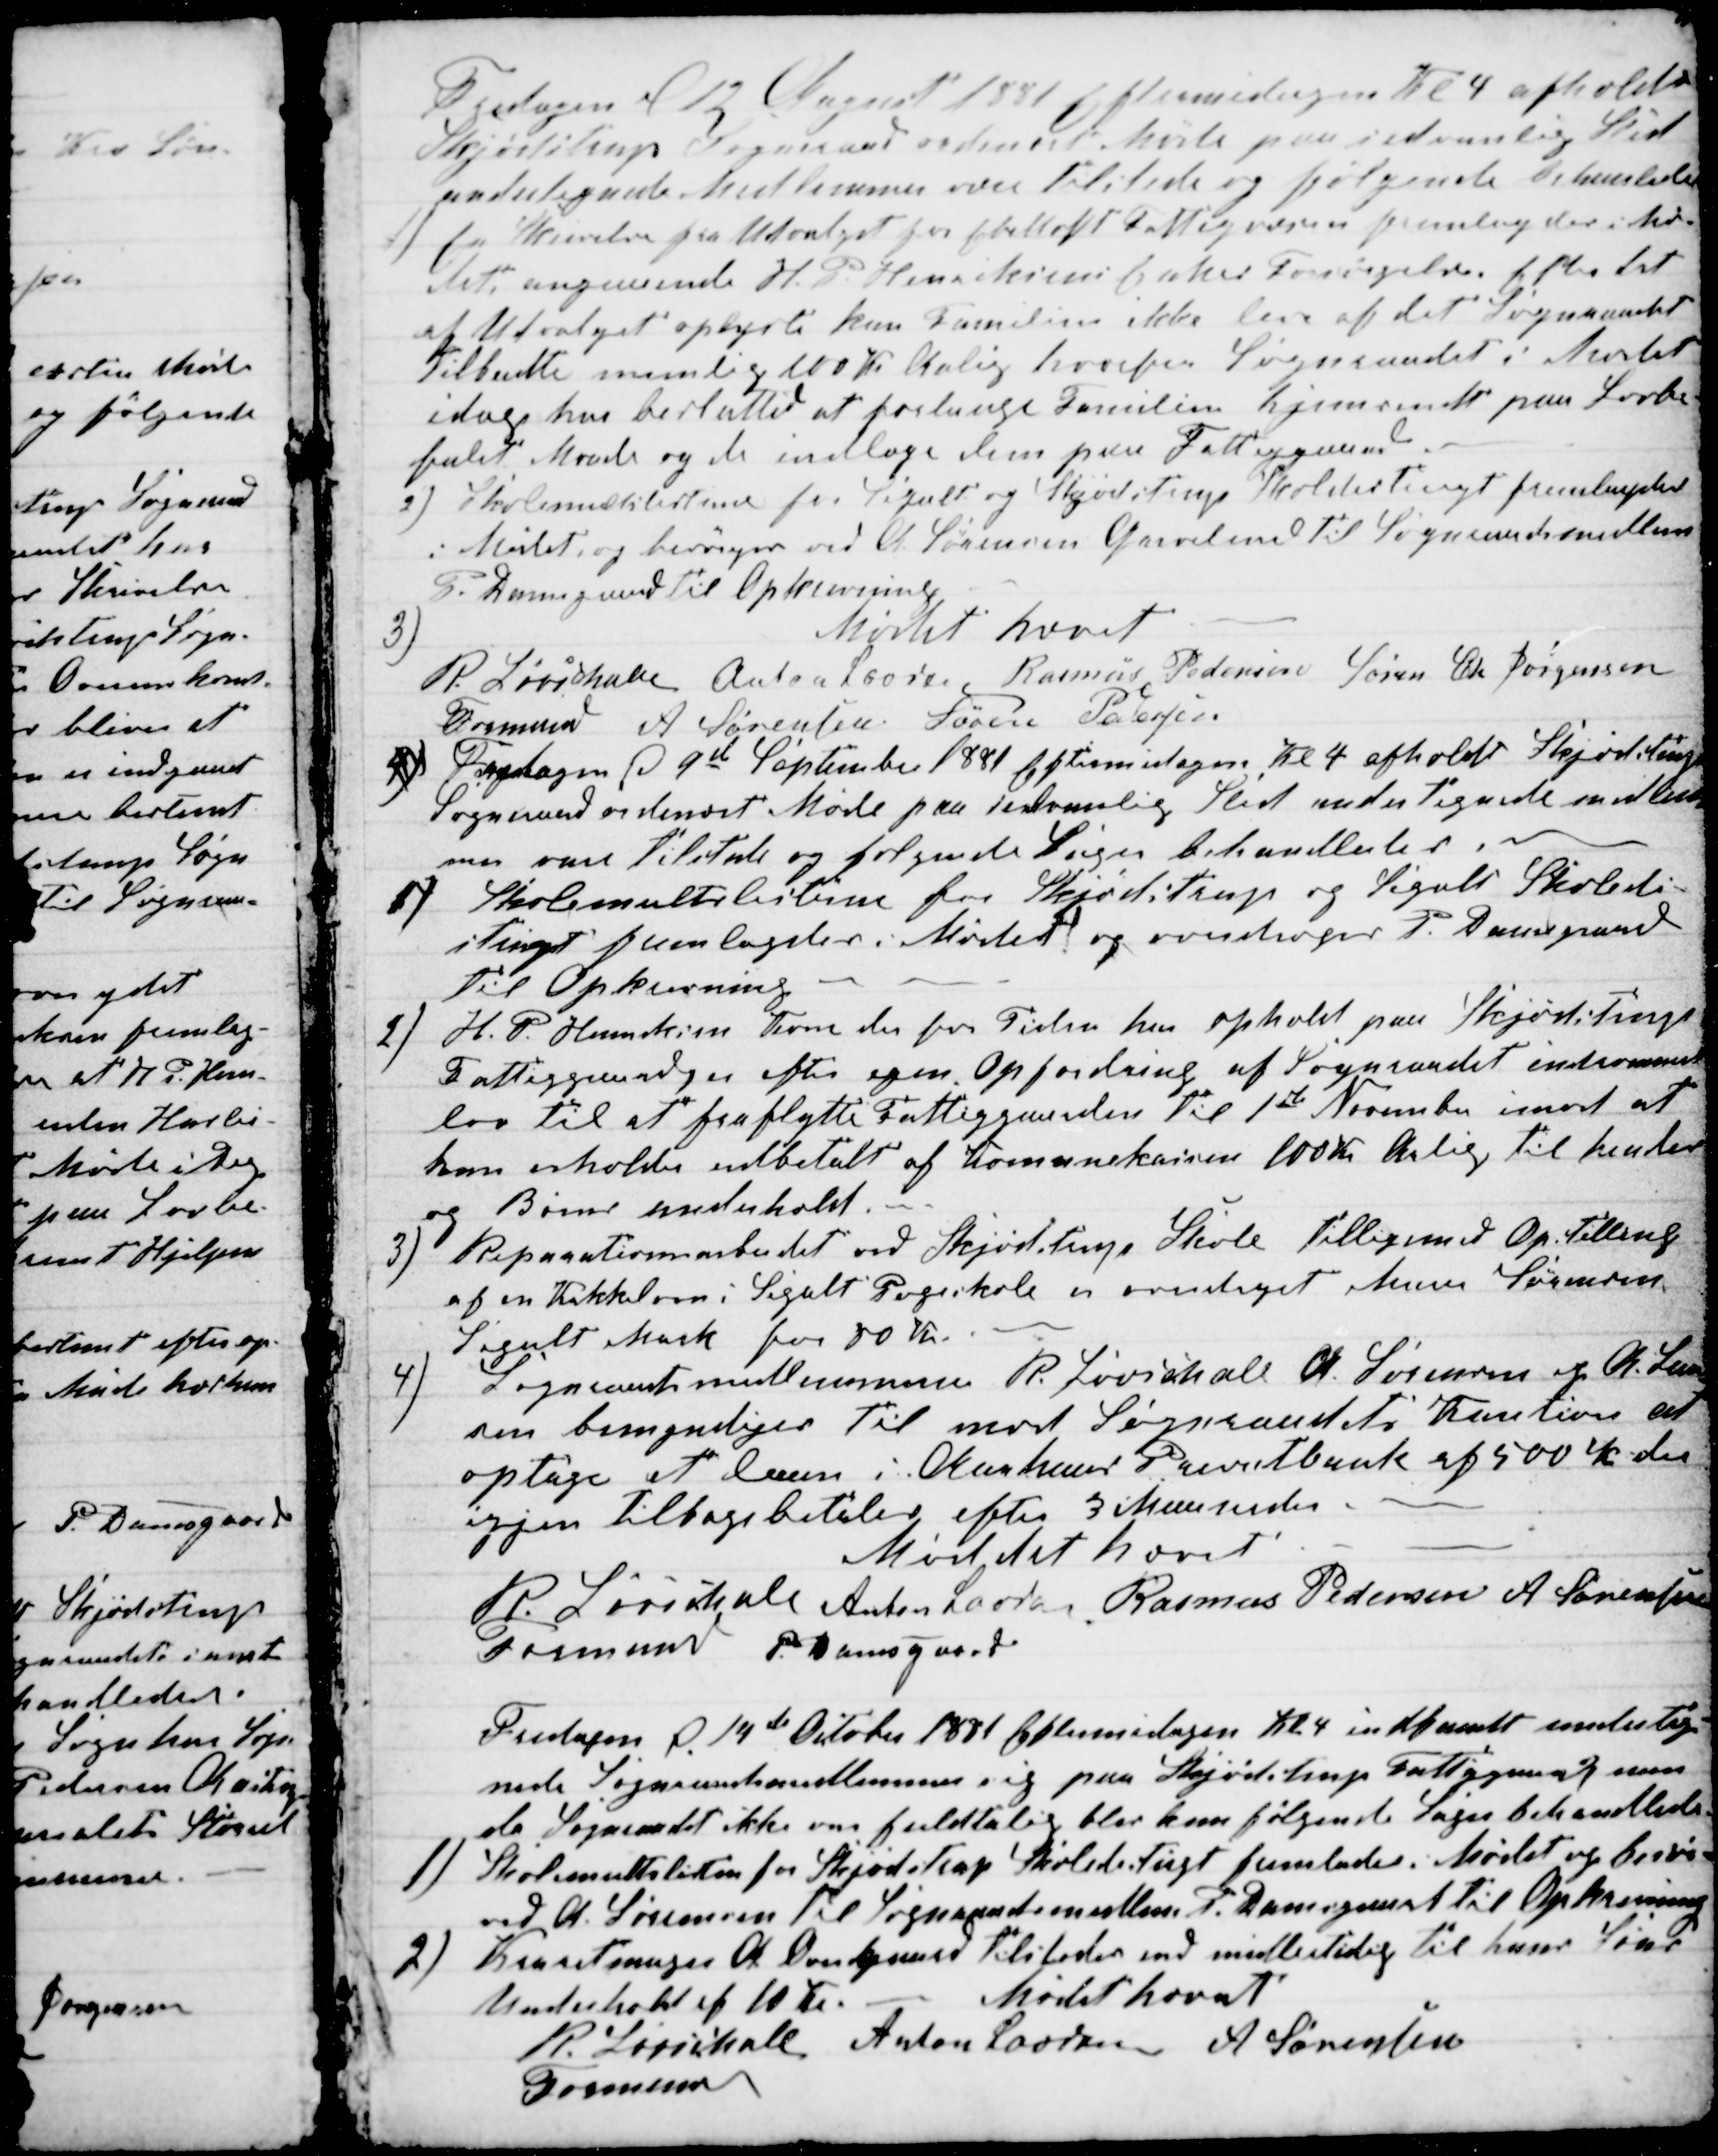
Transskription:
Fredagen af 12 August 1881 Eftermidagen Kl 4 afholdt
Skjødstrup Sogneraad ordinært Møde paa sedvanlig Sted
undertegnede Medlemmer vare tilstede og følgende behandledes
1)
En Skrivelse fra Udvalget for Ebeltoft Fattigvæsen fremlagdes i Mø-
det angaaende H. P. Henriksens Enkes Forsørgelse efter det
af Udvalget oplyste kan Familien ikke leve af det Sogneraadet
Tilbudte nemlig 100 Kr Aarlig hvorfor Sogneraadet i Mødet
idag har beslutted at forlange Familien hjemsendt paa Lovbe
falet Maade og da indlæge dem paa Fattiggaard.
2) Skolemultslisterne for Segalt og Skjødstrup Skoledistrigt fremlagdes
i Mødet, og besørges ved A. Sørensen Grevelund til Sogneraadsmedlem
P. Damgaard til Opkrævning
3)
Mødet hævet
R Løvschall 
Formand 
Anton Laursen Rasmus Pedersen Søren Chr Jørgensen
A Sørensen Søren Pedersen
4) Fredagen d 9de September 1881 Eftermidagen Kl 4 afholdt Skjødstrup
Sogneraad ordinært Møde paa sedvanlig Sted undertegnede medlem-
mer vare tilstede og følgende Sager behandledes.
1) Skolemultslisterne for Skjødstrup og Segalt Skoledi-
strigt fremlagdes i Mødet og overdroges P. Damsgaard
til Opkrævning.
2)
H. P. Henriksen Kone der for Tiden har ophold paa Skjødstrup
Fattiggaard, er efter egen Opfordring af Sogneraadet indrømmet
lov til at fraflytte Fattiggaarden til 1ste November imod at
hun erholder udbetalt af Komunekassen 100 Kr Aarlig til hendes
og Børns underhold.
3) Reparationsarbejdet ved Skjødstrup Skole tilligemed Opstilling
af en Kakkelovn i Segalt Pogeskole er overdraget Murer Sørensen
Segalt Mark for 80 Kr.
4)
Sogneraadsmedlemmerne R. Løvschall A. Sørensen og A. Laur
sen bemyndiges til mod Sogneraadets Kaution at
optage at laan i Aarhuus Privatbank af 500 Kr der
igjen tilbagebetales efter 3 Maaneder
Møddet hævet
R. Løvschall
Formand 
Anton Laursen Rasmus Pedersen A Sørensen
P. Damsgaard
Fredagen d. 14de October 1881 Eftermidagen Kl 4 indfandt underteg-
nede Sogneraadsmedlemmer sig paa Skjødstrup Fattiggaard men
da Sognerådet ikke var fuldtalig blev kun følgende Sager behandlede.
1)
Skolemultslisten for Skjødstrup Skoledistrigt fremlades i Mødet og besør-
ved A. Sørensen til Sogneraadsmedlem P. Damsgaard til Opkrævning
2)
Karetmager A. Overgaard tilstodes end midlertidig til hans Søns
Underhold af 10 Kr. 
Mødet hævet
R. Løvschall
Formand
Anton Laursen A Sørensen